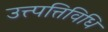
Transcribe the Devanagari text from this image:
उत्त्पत्तिविधि